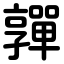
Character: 嚲